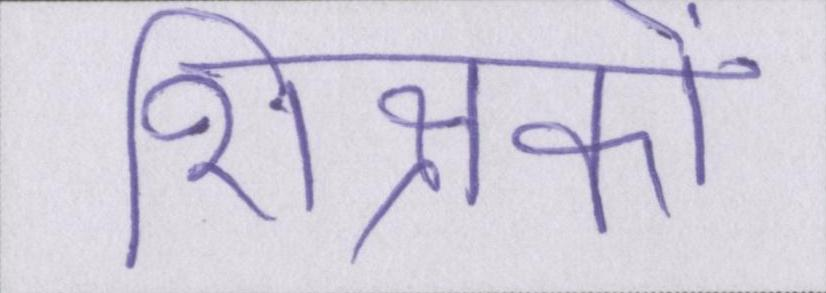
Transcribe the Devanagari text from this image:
शिक्षकों